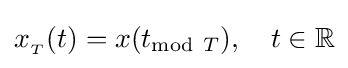
x_{_{T}}(t)=x(t_{\mathrm {mod} \ T}),\quad t\in \mathbb {R}